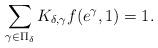
LaTeX: \begin{align*}\sum_{\gamma\in\Pi_{\delta}}K_{\delta,\gamma}f(e^{\gamma},1)=1.\end{align*}